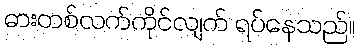
ဓားတစ်လက်ကိုင်လျက် ရပ်နေသည်။